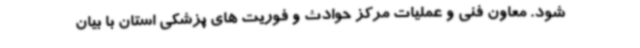
شود. معاون فنی و عملیات مرکز حوادث و فوریت های پزشکی استان با بیان